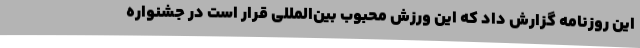
این روزنامه گزارش داد که این ورزش محبوب بین‌المللی قرار است در جشنواره